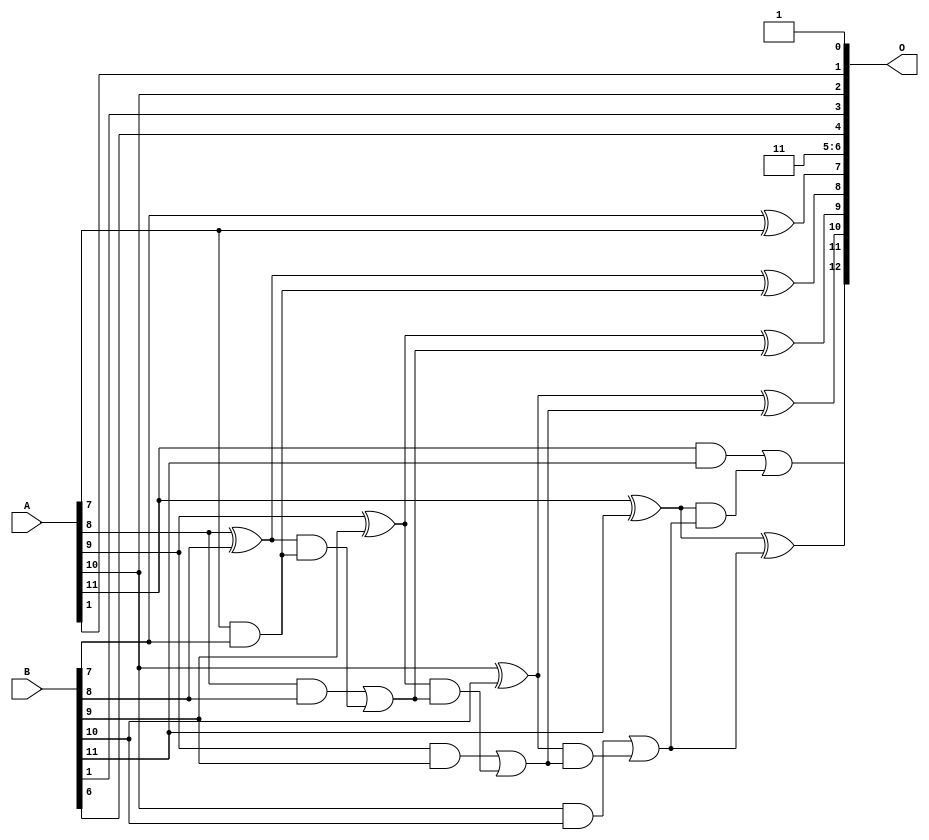
/***
* This code is a part of EvoApproxLib library (ehw.fit.vutbr.cz/approxlib) distributed under The MIT License.
* When used, please cite the following article(s): PRABAKARAN B. S., MRAZEK V., VASICEK Z., SEKANINA L., SHAFIQUE M. ApproxFPGAs: Embracing ASIC-based Approximate Arithmetic Components for FPGA-Based Systems. DAC 2020. 
***/
// MAE% = 0.50 %
// MAE = 41 
// WCE% = 1.67 %
// WCE = 137 
// WCRE% = 9600.00 %
// EP% = 99.28 %
// MRE% = 1.39 %
// MSE = 2518 
// FPGA_POWER = 0.32
// FPGA_DELAY = 6.9
// FPGA_LUT = 5.0


module add12u_0HR(A, B, O);
  input [11:0] A, B;
  output [12:0] O;
  wire sig_57, sig_60, sig_61, sig_62, sig_63, sig_65;
  wire sig_66, sig_67, sig_68, sig_70, sig_71, sig_72;
  wire sig_73, sig_75, sig_76, sig_77, sig_78;
  assign O[5] = 1'b1;
  assign O[0] = 1'b1;
  assign O[7] = B[7] ^ A[7];
  assign sig_57 = A[7] & B[7];
  assign sig_60 = sig_57;
  assign sig_61 = A[8] ^ B[8];
  assign sig_62 = A[8] & B[8];
  assign sig_63 = sig_61 & sig_60;
  assign O[8] = sig_61 ^ sig_60;
  assign sig_65 = sig_62 | sig_63;
  assign sig_66 = A[9] ^ B[9];
  assign sig_67 = A[9] & B[9];
  assign sig_68 = sig_66 & sig_65;
  assign O[9] = sig_66 ^ sig_65;
  assign sig_70 = sig_67 | sig_68;
  assign sig_71 = A[10] ^ B[10];
  assign sig_72 = A[10] & B[10];
  assign sig_73 = sig_71 & sig_70;
  assign O[10] = sig_71 ^ sig_70;
  assign sig_75 = sig_72 | sig_73;
  assign sig_76 = A[11] ^ B[11];
  assign sig_77 = A[11] & B[11];
  assign sig_78 = sig_76 & sig_75;
  assign O[11] = sig_76 ^ sig_75;
  assign O[12] = sig_77 | sig_78;
  assign O[1] = A[1];
  assign O[2] = A[10];
  assign O[3] = B[1];
  assign O[4] = B[6];
  assign O[6] = O[5];
endmodule